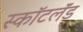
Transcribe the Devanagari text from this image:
स्कॉटलॅंड